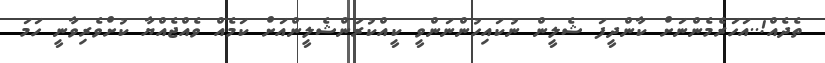
ތެދެއް!..އަހަރެމެންނަށް ކާންދީފަ ޝެލީން ނުކައިހުންނަންވީ ކީއްކުރަންޝެލީންއަށް ކަމެއް ވެއްޖެއްޔާ ކުށްވެރިވާނީ ހަމަ